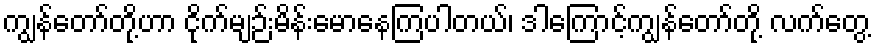
ကျွန်တော်တို့ဟာ ငိုက်မျဉ်းမိန်းမောနေကြပါတယ်၊ ဒါကြောင့်ကျွန်တော်တို့ လက်တွေ့